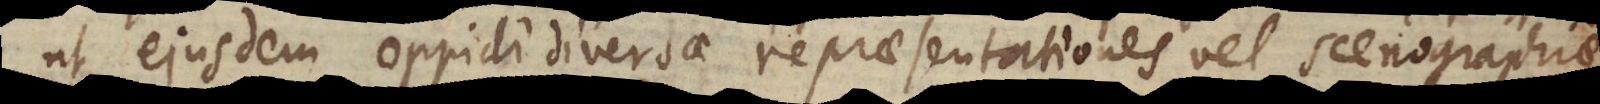
ut ejusdem oppidi diversae repraesentationes vel scenographiae